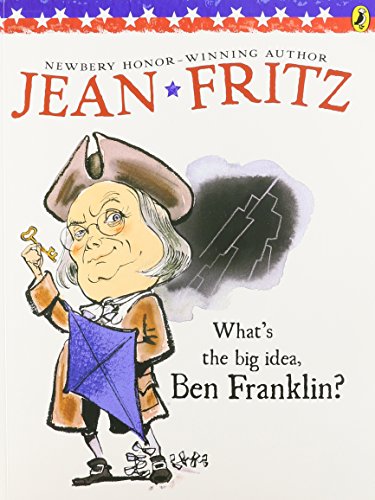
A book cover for What's the Big Idea, Ben Franklin? (Elementary Science Trade Library); Jean Fritz; Children's Books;